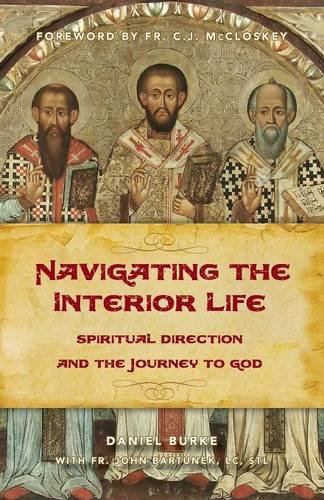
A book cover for Navigating the Interior Life: Spiritual Direction and the Journey to God; Dan Burke; Christian Books & Bibles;